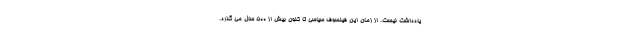
يادداشت نيست. از زمان اين فيلسوف سياسي تا كنون بيش از ۵۰۰ سال مي گذرد.